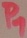
Text: P1